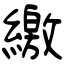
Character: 繳